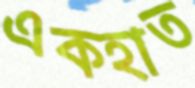
একহাত